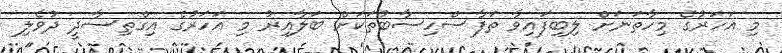
މި އަހަރުގެ މިހާތަނަށް ލިބިފައިވާ ތަފާސްހިސާބުތަކަށް ބަލާއިރު މި އަހަރުގެ އިގްތިސާދީ ދުވެލި